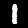
Digit: 1